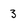
Character: 3